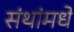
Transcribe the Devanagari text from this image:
संथांमधे